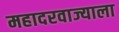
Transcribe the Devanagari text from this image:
महादरवाज्याला